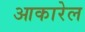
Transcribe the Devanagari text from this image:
आकारेल